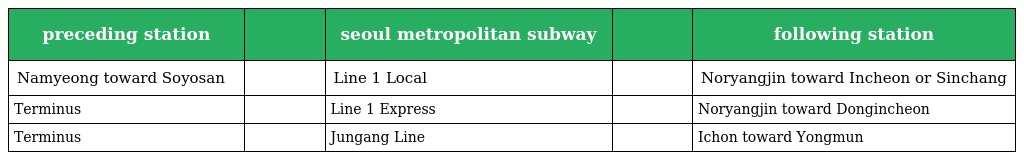
| preceding station |  | seoul metropolitan subway |  | following station |
 | --- | --- | --- | --- | --- |
 | Namyeong toward Soyosan |  | Line 1 Local |  | Noryangjin toward Incheon or Sinchang |
 | Terminus |  | Line 1 Express |  | Noryangjin toward Dongincheon |
 | Terminus |  | Jungang Line |  | Ichon toward Yongmun |